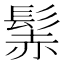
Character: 𩭑